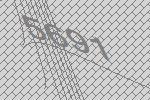
5691